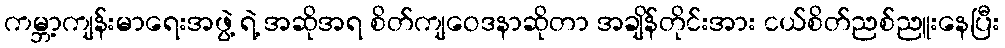
ကမ္ဘာ့ကျန်းမာရေးအဖွဲ့ ရဲ့ အဆိုအရ စိတ်ကျဝေဒနာဆိုတာ အချိန်တိုင်းအား ငယ်စိတ်ညစ်ညူးနေပြီး